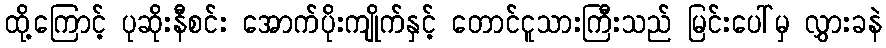
ထို့ကြောင့် ပုဆိုးနီစင်း အောက်ပိုးကျိုက်နှင့် တောင်ငူသားကြီးသည် မြင်းပေါ်မှ လွှားခနဲ